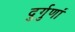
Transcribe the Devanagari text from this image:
दुर्गुणां